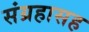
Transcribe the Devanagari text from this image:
संग्रहासह